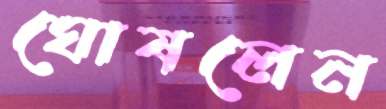
ঘোষলেন